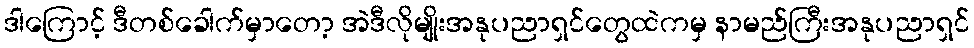
ဒါကြောင့် ဒီတစ်ခေါက်မှာတော့ အဲဒီလိုမျိုးအနုပညာရှင်တွေထဲကမှ နာမည်ကြီးအနုပညာရှင်